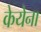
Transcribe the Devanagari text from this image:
केयेना